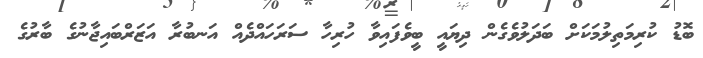
ބޮޑު ކުރިމަތިލުމަކަށް ބަދަލުވެގެން ދިޔައީ ބީވެފައިވާ ހުރިހާ ސަރަހައްދެއް އަނބުރާ އަޒަރްބައިޖާނުގެ ބާރުގެ